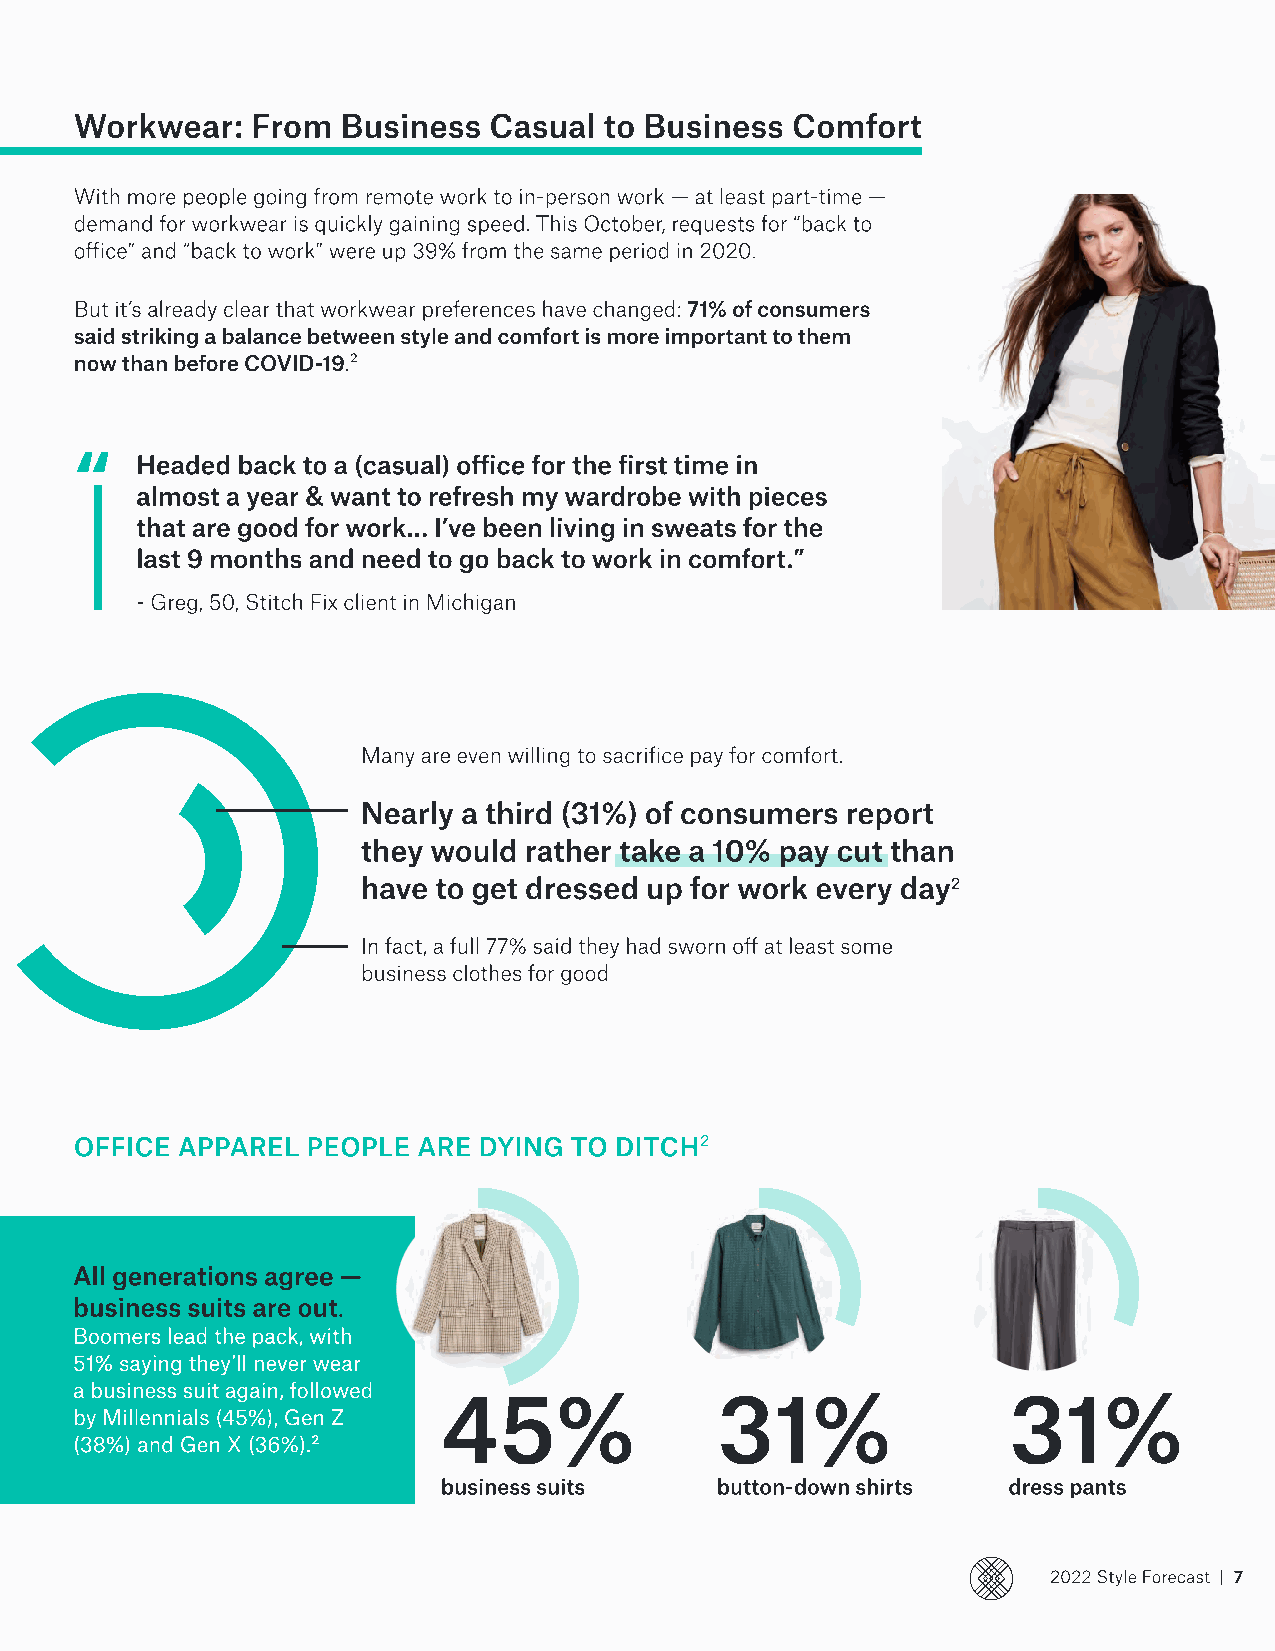
Workwear:   From  Business Casual  to Business Comfort
 With more people going from remote work to in-person work — at least part-time —
 demand for workwear is quickly gaining speed. This October, requests for “back to
 office” and “back to work” were up 39% from the same period in 2020.
 But it’s already clear that workwear preferences have changed: 71% of consumers
 said striking a balance between style and comfort is more important to them
 now than before COVID-19.2
 “
 Headed back to a (casual) office for the first time in
 almost a year & want to refresh my wardrobe with pieces
 that are good for work… I’ve been living in sweats for the
 last 9 months and need to go back to work in comfort.”
 - Greg, 50, Stitch Fix client in Michigan
 Many are even willing to sacrifice pay for comfort.
 Nearly a third (31%) of consumers report
 they would rather take a 10% pay cut than
 have to get dressed up for work every day2
 In fact, a full 77% said they had sworn off at least some
 business clothes for good
 Office Apparel People  Are Dying to Ditch2
 All generations agree —
 business suits are out.
 Boomers lead the pack, with
 51% saying they’ll never wear
 a business suit again, followed 45%       31%                 31%
 by Millennials (45%), Gen Z
 (38%) and Gen X (36%).2
 business suits    button-down shirts  dress pants
 2022 Style Forecast | 7